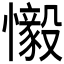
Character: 𫻗